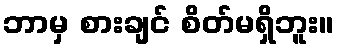
ဘာမှ စားချင် စိတ်မရှိဘူး။